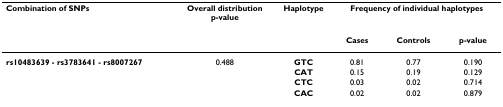
<table><thead><tr><td><b>Combination of SNPs</b></td><td><b>Overall distributionp-value</b></td><td><b>Haplotype</b></td><td colspan="3"><b>Frequency of individual haplotypes</b></td></tr><tr><td></td><td></td><td></td><td><b>Cases</b></td><td><b>Controls</b></td><td><b>p-value</b></td></tr></thead><tbody><tr><td><b>rs10483639 - rs3783641 - rs8007267</b></td><td>0.488</td><td><b>GTC</b></td><td>0.81</td><td>0.77</td><td>0.190</td></tr><tr><td></td><td></td><td><b>CAT</b></td><td>0.15</td><td>0.19</td><td>0.129</td></tr><tr><td></td><td></td><td><b>CTC</b></td><td>0.03</td><td>0.02</td><td>0.714</td></tr><tr><td></td><td></td><td><b>CAC</b></td><td>0.02</td><td>0.02</td><td>0.879</td></tr></tbody></table>